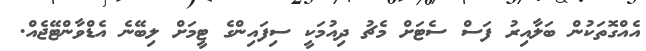
އެއްގޮތަކުން ބަލާއިރު ފަސް ސެޓަށް މެޗު ދިއުމަކީ ސިފައިންގެ ޓީމަށް ލިބޭނެ އެޑްވާންޓޭޖެއް.